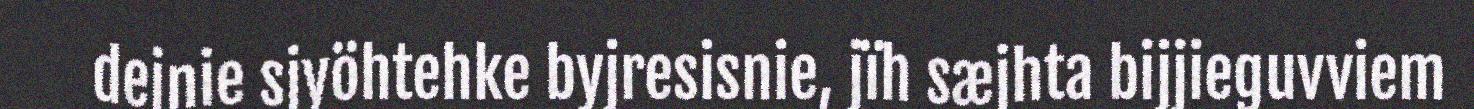
dejnie sjyöhtehke byjresisnie, jïh sæjhta bijjieguvviem